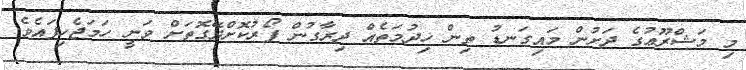
މި މަޝްރޫޢުގެ ދަށުން މައިގަނޑު ތިން ޚިދުމަތެއް ދިރާގުން ފޯރުކޮށްދޭގޮތަށް ވަނީ ހަމަޖެހިފައެވެ.